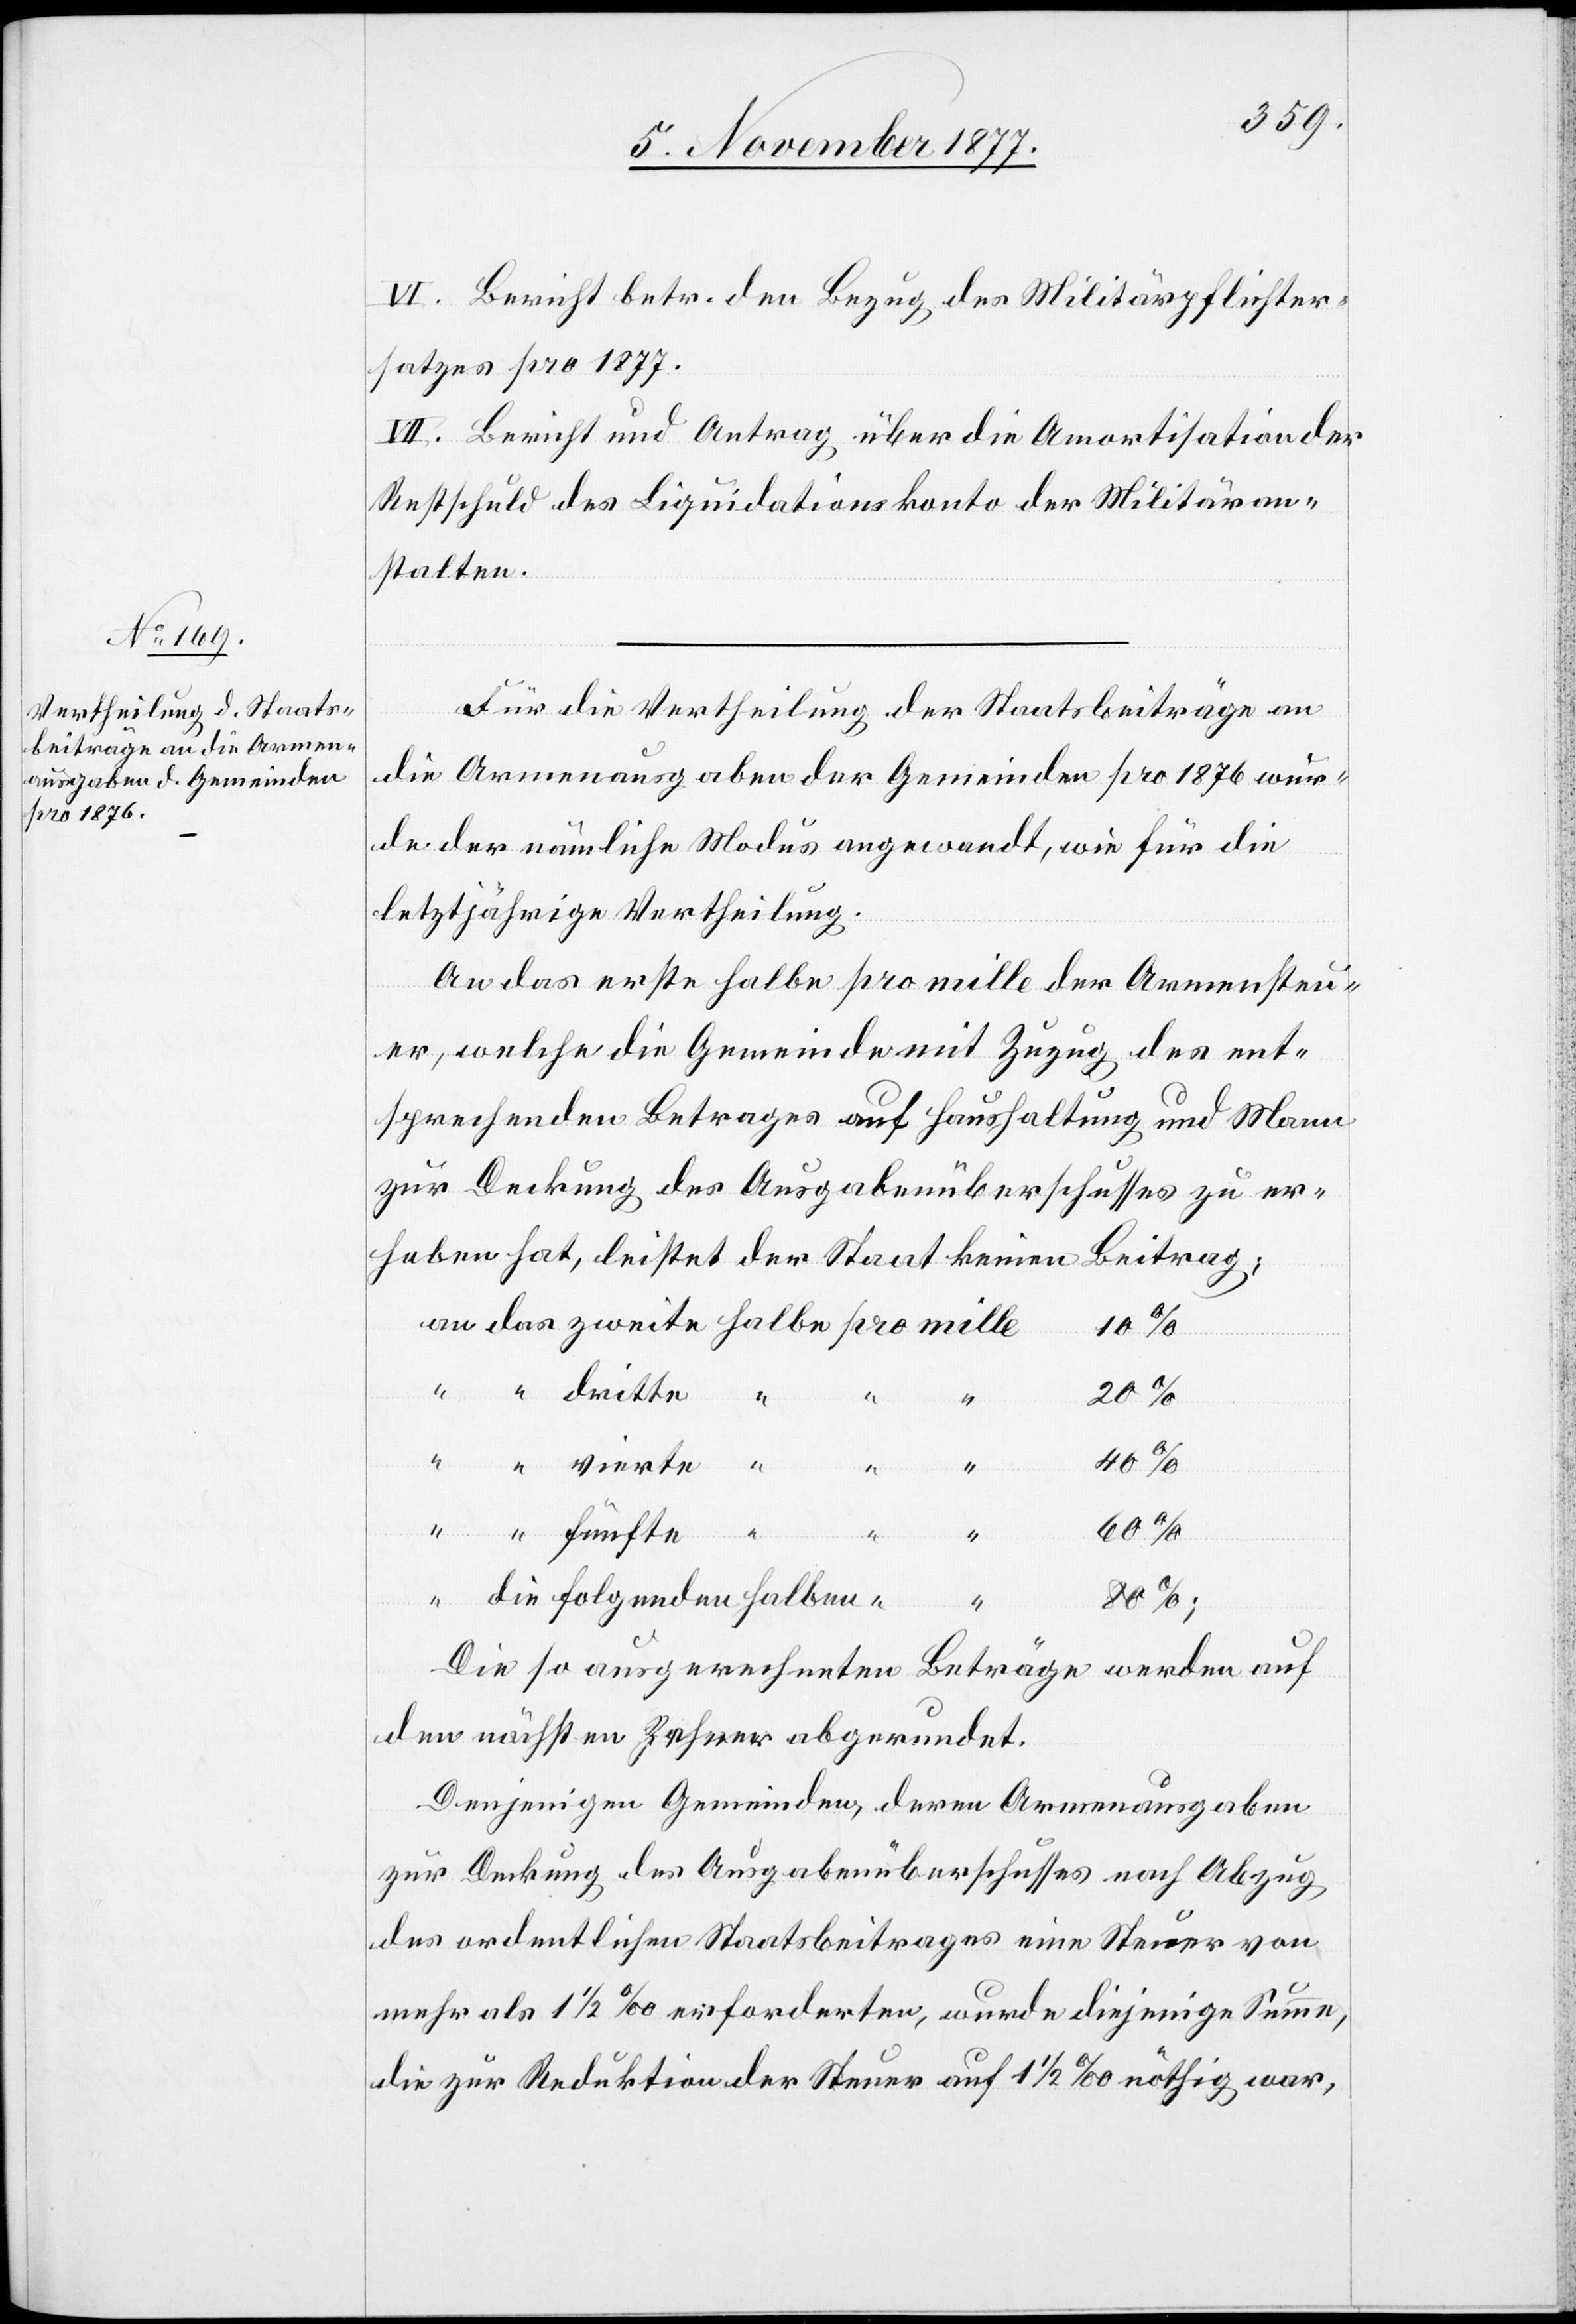
Bericht betr. den Bezug des Militärpflichter¬
satzes pro 1877.
Bericht und Antrag über die Amortisation der
Restschuld des Liquidationskonto der Militäran¬
stalten.
Für die Vertheilung der Staatsbeiträge an
die Armenausgaben der Gemeinden pro 1876 wur¬
de der nämliche Modus angewandt, wie für die
letztjährige Vertheilung.
An das erste halbe pro mille der Armensteu¬
er, welche die Gemeinde mit Zuzug des ent¬
sprechenden Betrages auf Haushaltung und Mann
zur Deckung des Ausgabenüberschusses zu er¬
heben hat, leistet der Staat keinen
Beitrag;
halben
Die so ausgerechneten Beträge werden auf
den nächsten Zehner abgerundet.
Denjenigen Gemeinden, deren Armenausgaben
zur Deckung des Ausgabenüberschusses nach Abzug
des ordentlichen Staatsbeitrages eine Steuer von
mehr als 1 1/2 ‰ erforderten, wurde diejenige Summe,
die zur Reduktion der Steuer auf 1 1/2 ‰ nöthig war,